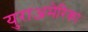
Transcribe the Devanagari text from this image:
युराअमेरिका